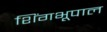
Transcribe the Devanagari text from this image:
शिंगभूपाल